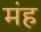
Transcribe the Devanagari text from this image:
मंह